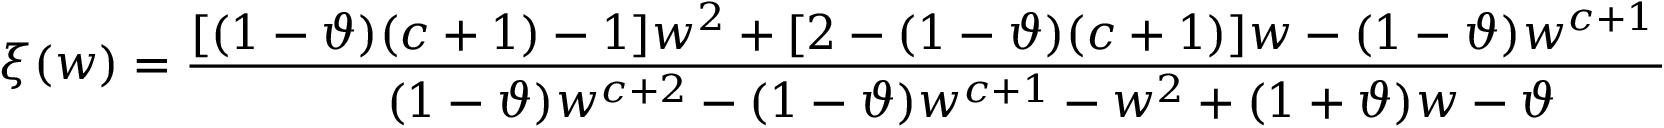
\xi ( w ) = \frac { [ ( 1 - \vartheta ) ( c + 1 ) - 1 ] w ^ { 2 } + [ 2 - ( 1 - \vartheta ) ( c + 1 ) ] w - ( 1 - \vartheta ) w ^ { c + 1 } - \vartheta } { ( 1 - \vartheta ) w ^ { c + 2 } - ( 1 - \vartheta ) w ^ { c + 1 } - w ^ { 2 } + ( 1 + \vartheta ) w - \vartheta } , \: \: \forall w \in ( - 1 , 1 ) .